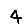
Digit: 4